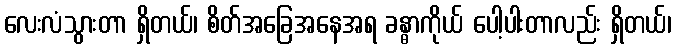
လေးလံသွားတာ ရှိတယ်၊ စိတ်အခြေအနေအရ ခန္ဓာကိုယ် ပေါ့ပါးတာလည်း ရှိတယ်၊